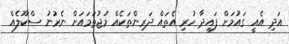
އަދި އެއީ ގައުމަށް ފައިދާ ހުރި އެތައް ދަރިންތަކެއް މުޖުތަމައަށް ނެރުނު ސްކޫލެއް